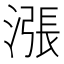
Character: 漲